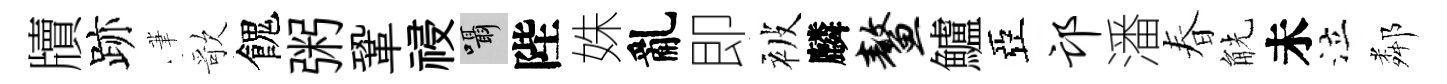
牘跡茟歌餽粥鞏祲囁陛姝亂即被麟鳌鱸亞邙潘春觥未泣鄰